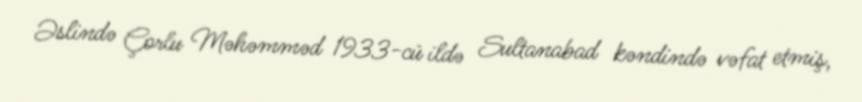
Əslində Çorlu Məhəmməd 1933-cü ildə Sultanabad kəndində vəfat etmiş,